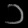
Digit: ၁